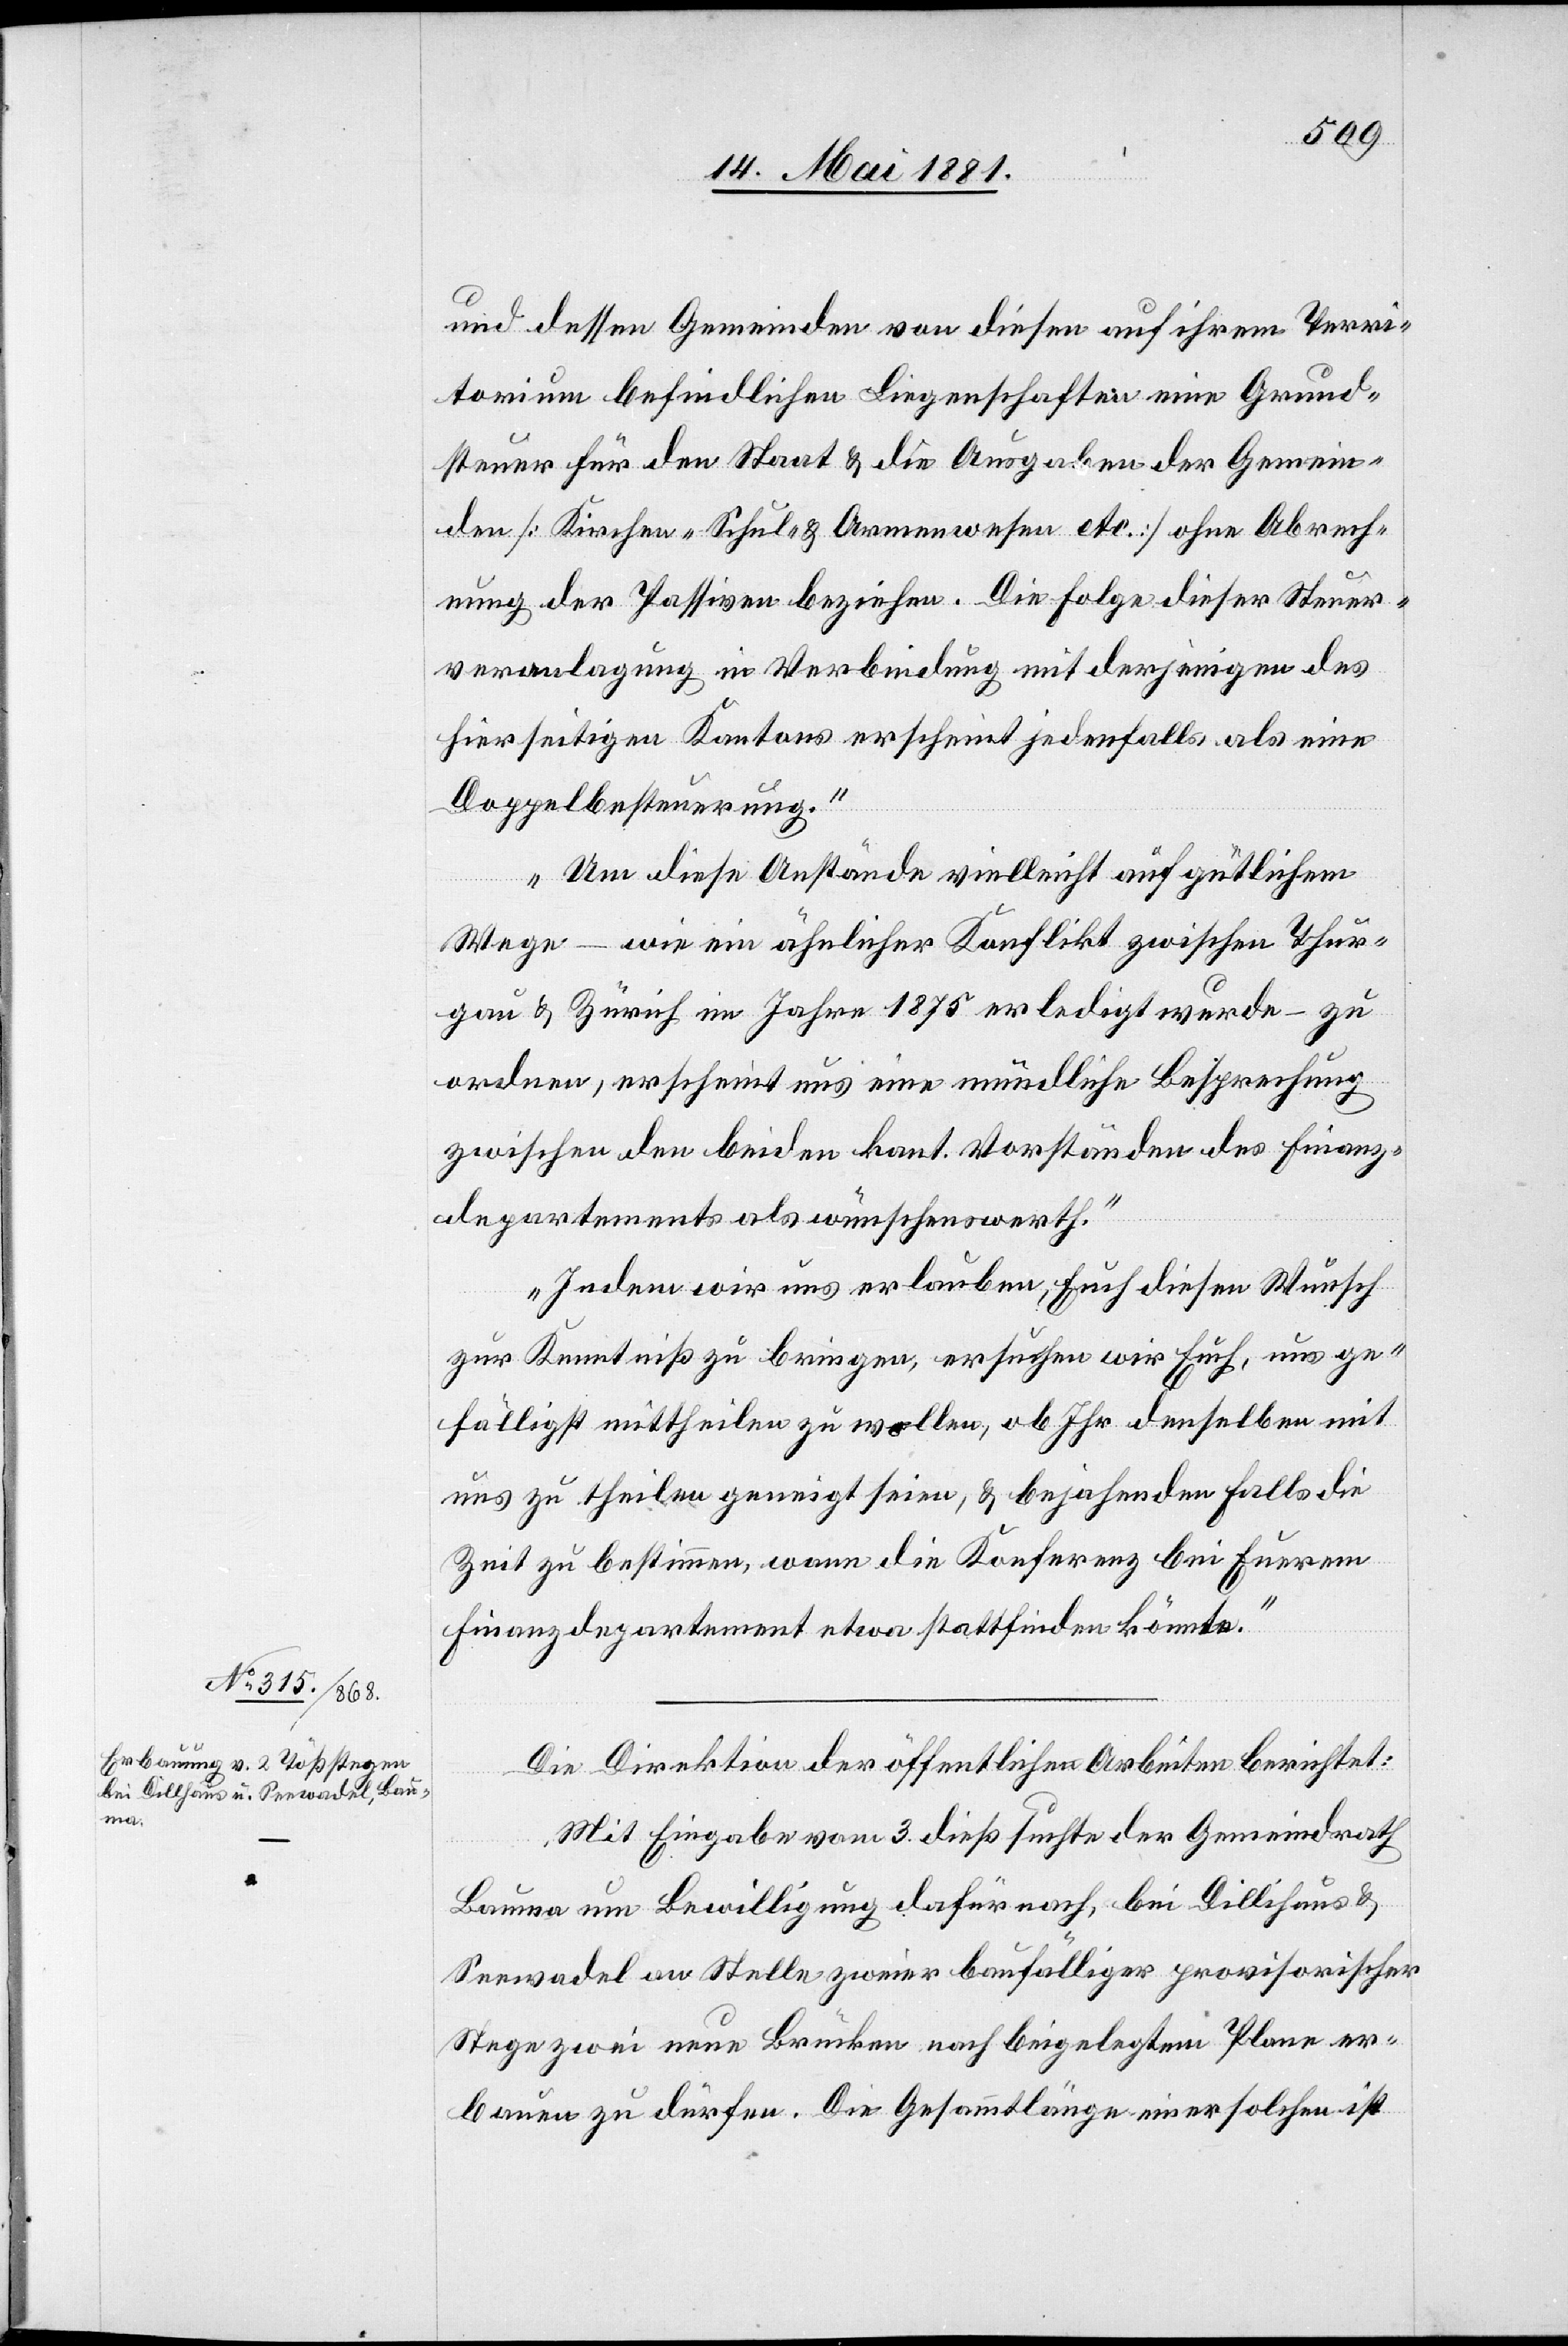
und dessen Gemeinden von diesen auf ihrem Terri¬
torium befindlichen Liegenschaften eine Grund¬
steuer für den Staat & die Ausgaben der Gemein¬
den [Kirchen-[,] Schul- & Armenwesen etc.] ohne Abrech¬
nung der Passiven beziehen. Die Folge dieser Steuer¬
veranlagung in Verbindung mit derjenigen des
hierseitigen Kantons erscheint jedenfalls als eine
Doppelbesteuerung.
Um diese Anstände vielleicht auf gütlichem
Wege – wie ein ähnlicher Konflikt zwischen Thur¬
gau & Zürich im Jahre 1875 erledigt wurde – zu
ordnen, erscheint uns eine mündliche Besprechung
zwischen den beiden kant. Vorständen des Finanz¬
departements als wünschenswerth.
Indem wir uns erlauben, Euch diesen Wunsch
zur Kenntniß zu bringen, ersuchen wir Euch, uns ge¬
fälligst mittheilen zu wollen, ob Ihr denselben mit
uns zu theilen geneigt seien, & bejahenden Falls die
Zeit zu bestimmen, wann die Konferenz bei Eurem
Finanzdepartement etwa stattfinden könnte.
Die Direktion der öffentlichen Arbeiten berichtet:
Mit Eingabe vom 3. dieß suchte der Gemeindrath
Bauma um Bewilligung dafür nach, bei Dillihaus
Seewadel an Stelle zweier baufälliger provisorischer
Stege zwei neue Brücken nach beigelegtem Plane er¬
bauen zu dürfen. Die Gesammtlänge einer solchen ist